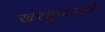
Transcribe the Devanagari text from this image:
खरबुजामुळे